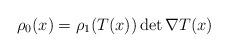
LaTeX: \begin{align*} \rho_0(x)=\rho_1(T(x)) \det {\nabla T(x)} \end{align*}